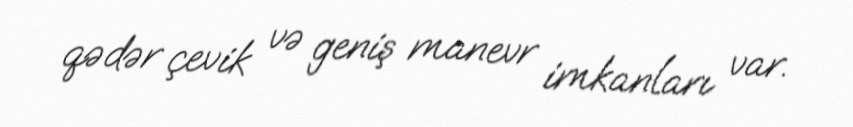
qədər çevik və geniş manevr imkanları var.